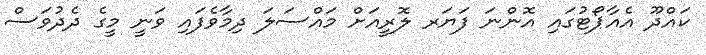
ކައްދޫ އެއާޕޯޓުގައި އޮންނަ ފަޔަރ ލޮރީއަށް މައްސަލަ ދިމާވެފައި ވަނީ މީގެ ދެދުވަސް